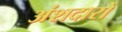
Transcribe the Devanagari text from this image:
अंशदारों